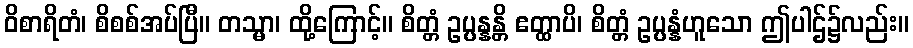
ဝိစာရိတံ၊ စိစစ်အပ်ပြီ။ တသ္မာ၊ ထို့ကြောင့်။ စိတ္တံ ဥပ္ပန္နန္တိ ဧတ္ထာပိ၊ စိတ္တံ ဥပ္ပန္နံဟူသော ဤပါဌ်၌လည်း။